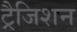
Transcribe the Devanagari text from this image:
ट्रैजिशन